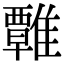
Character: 𩀽